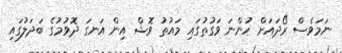
ނަމަވެސް ރޯދައަށް ހުންނަ ވަގުތުގައި މައުތު ވޮޝް އިން އަނގަ ދޮވުމުގެ ބަދަލުގައި